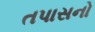
તપાસનો